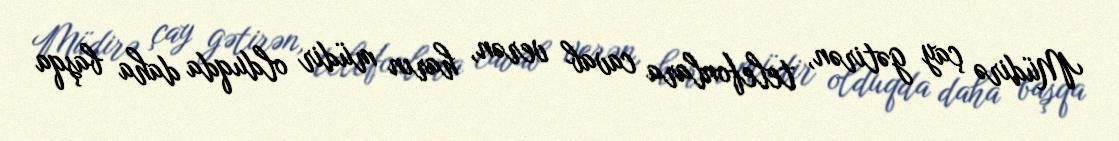
Müdirə çay gətirən, telefonlara cavab verən, harın müdir olduqda daha başqa